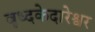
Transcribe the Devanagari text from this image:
बृध्दकेदारेश्वर